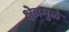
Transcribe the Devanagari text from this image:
क्षेत्रमुळे